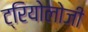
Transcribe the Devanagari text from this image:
ट्रियोलोजी